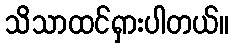
သိသာထင်ရှားပါတယ်။